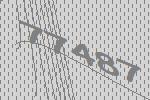
77487